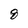
Character: 8